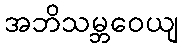
အဘိသမ္ဘဝေယျ